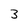
Character: 3